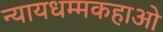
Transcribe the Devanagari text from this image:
न्यायधम्मकहाओ